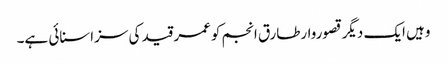
وہیں ایک دیگر قصوروارطارق انجم کوعمر قید کی سزاسنائی ہے۔